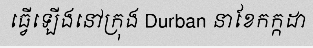
ធ្វើឡើងនៅក្រុង Durban នាខែកក្កដា